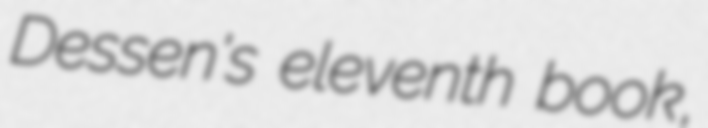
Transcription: Dessen's eleventh book,